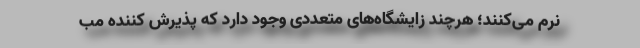
نرم می‌کنند؛ هرچند زایشگاه‌های متعددی وجود دارد که پذیرش کننده مب